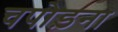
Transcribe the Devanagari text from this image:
चपोड़ना